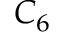
C _ { 6 }